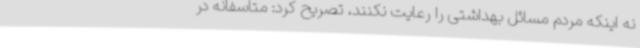
نه اینکه مردم مسائل بهداشتی را رعایت نکنند، تصریح کرد: متاسفانه در